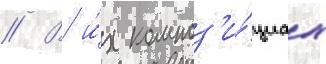
// В и́х композ'и́циах